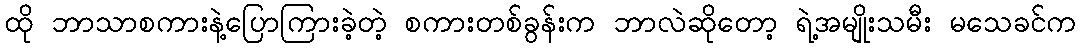
ထို ဘာသာစကားနဲ့ပြောကြားခဲ့တဲ့ စကားတစ်ခွန်းက ဘာလဲဆိုတော့ ရဲ့အမျိုးသမီး မသေခင်က